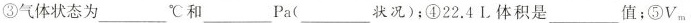
③气体状态为___℃和___Pa(___状况)；④22.4L体积是___值；⑤V_{m}